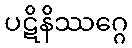
ပဋိနိဿဂ္ဂေ